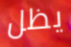
يظل